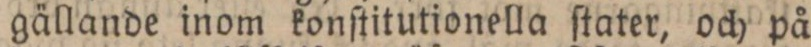
gällande inom konſtitutionella ſtater, och på